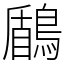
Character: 鶞